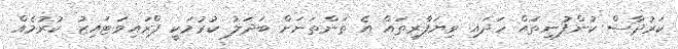
ކަރުދާސް ކުންފުނިތައް ހަދައި ވިޔަފާރިތައް އެ ތަންތަނަށް ބަދަލު ކުރުމަކީ ޕްރައިވަޓައިޒު ކުރުމެއް